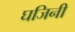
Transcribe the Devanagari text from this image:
घजिनी